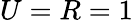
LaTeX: U=R=1